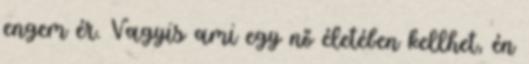
engem ér. Vagyis ami egy nő életében kellhet, én